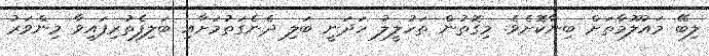
ލިބޭ މައުލޫމާތަށް ބިނާކޮށެވެ. މިގޮތުން ތަހުލީލު ހަދަނީ ބަލި ދެނެގަތުމަށާއި ބަލިފެތުރިފައިވާ މިންވަރު